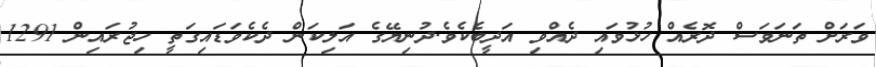
ވަރަށް ތަނަވަސް ދޮރެއް ހުޅުވައި ދެއްވި އަދީބެކެވެ.ދުނިޔޭގެ އަލިކަން ދެކެވަޑައިގަތީ ހިޖުރައިން 1291